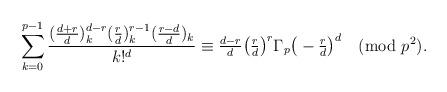
LaTeX: \begin{align*}\sum_{k=0}^{p-1}\frac{(\frac{d+r}{d})_k^{d-r}(\frac{r}{d})_k^{r-1}(\frac{r-d}{d})_k}{k!^d}\equiv \tfrac{d-r}{d}\big(\tfrac{r}{d}\big)^{r}\Gamma_p \big(-\tfrac{r}{d} \big)^d\pmod{p^2}.\end{align*}